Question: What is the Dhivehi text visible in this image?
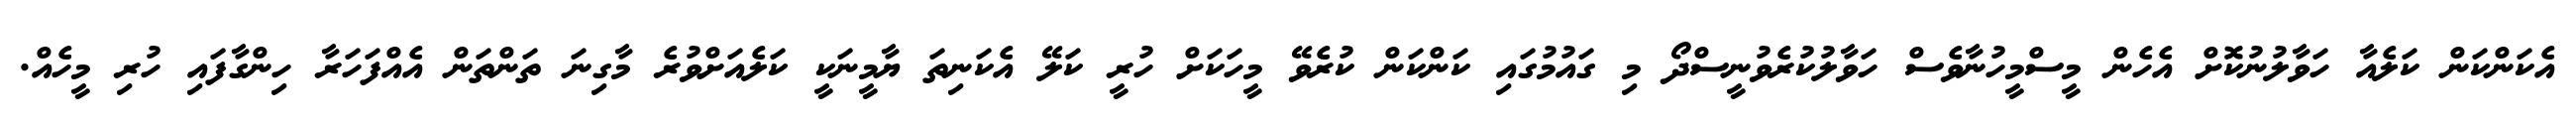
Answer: އެކަންކަން ކަލެއާ ހަވާލުނުކޮށް އެހެން މީސްމީހުނާވެސް ހަވާލުކުރެވުނީސްދޯ މި ގައުމުގައި ކަންކަން ކުރެވޭ މީހަކަށް ހުރީ ކަލޭ އެކަނިތަ ޔާމީނަކީ ކަލެއަށްވުރެ މާގިނަ ތަންތަން އެއްފަހަރާ ހިންގާފައި ހުރި މީހެއް.